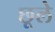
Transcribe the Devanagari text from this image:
छूले